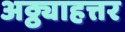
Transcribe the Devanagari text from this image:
अठ्ठ्याहत्तर